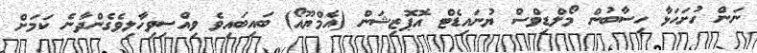
ނަން ހުށަހަޅާ ހިސާބުން މޯލްޑިވްސް ޔުނައިޑެޓް އޮޕޮޒިޝަން (އެމްޔޫއޯ) ބައިބައިވެ ވިއްސިވިހާލިވެގެންދާނެ ކަމަށް